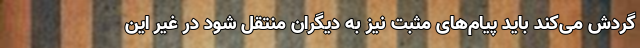
گردش می‌کند باید پیام‌های مثبت نیز به دیگران منتقل شود در غیر این